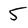
Character: 5